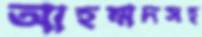
আহম্মদসহ